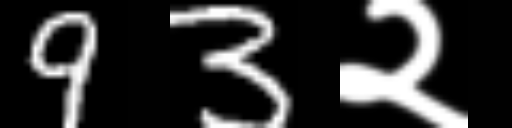
Text: 93२